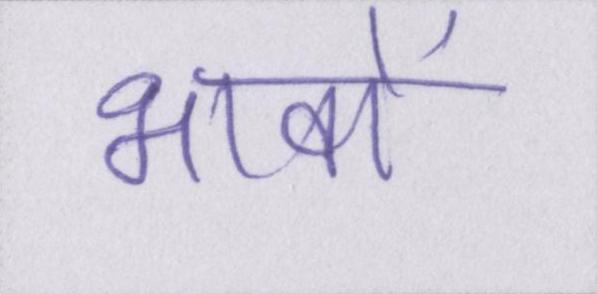
भावों